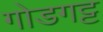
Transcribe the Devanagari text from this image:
गोडगट्ट